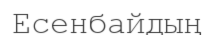
Есенбайдың